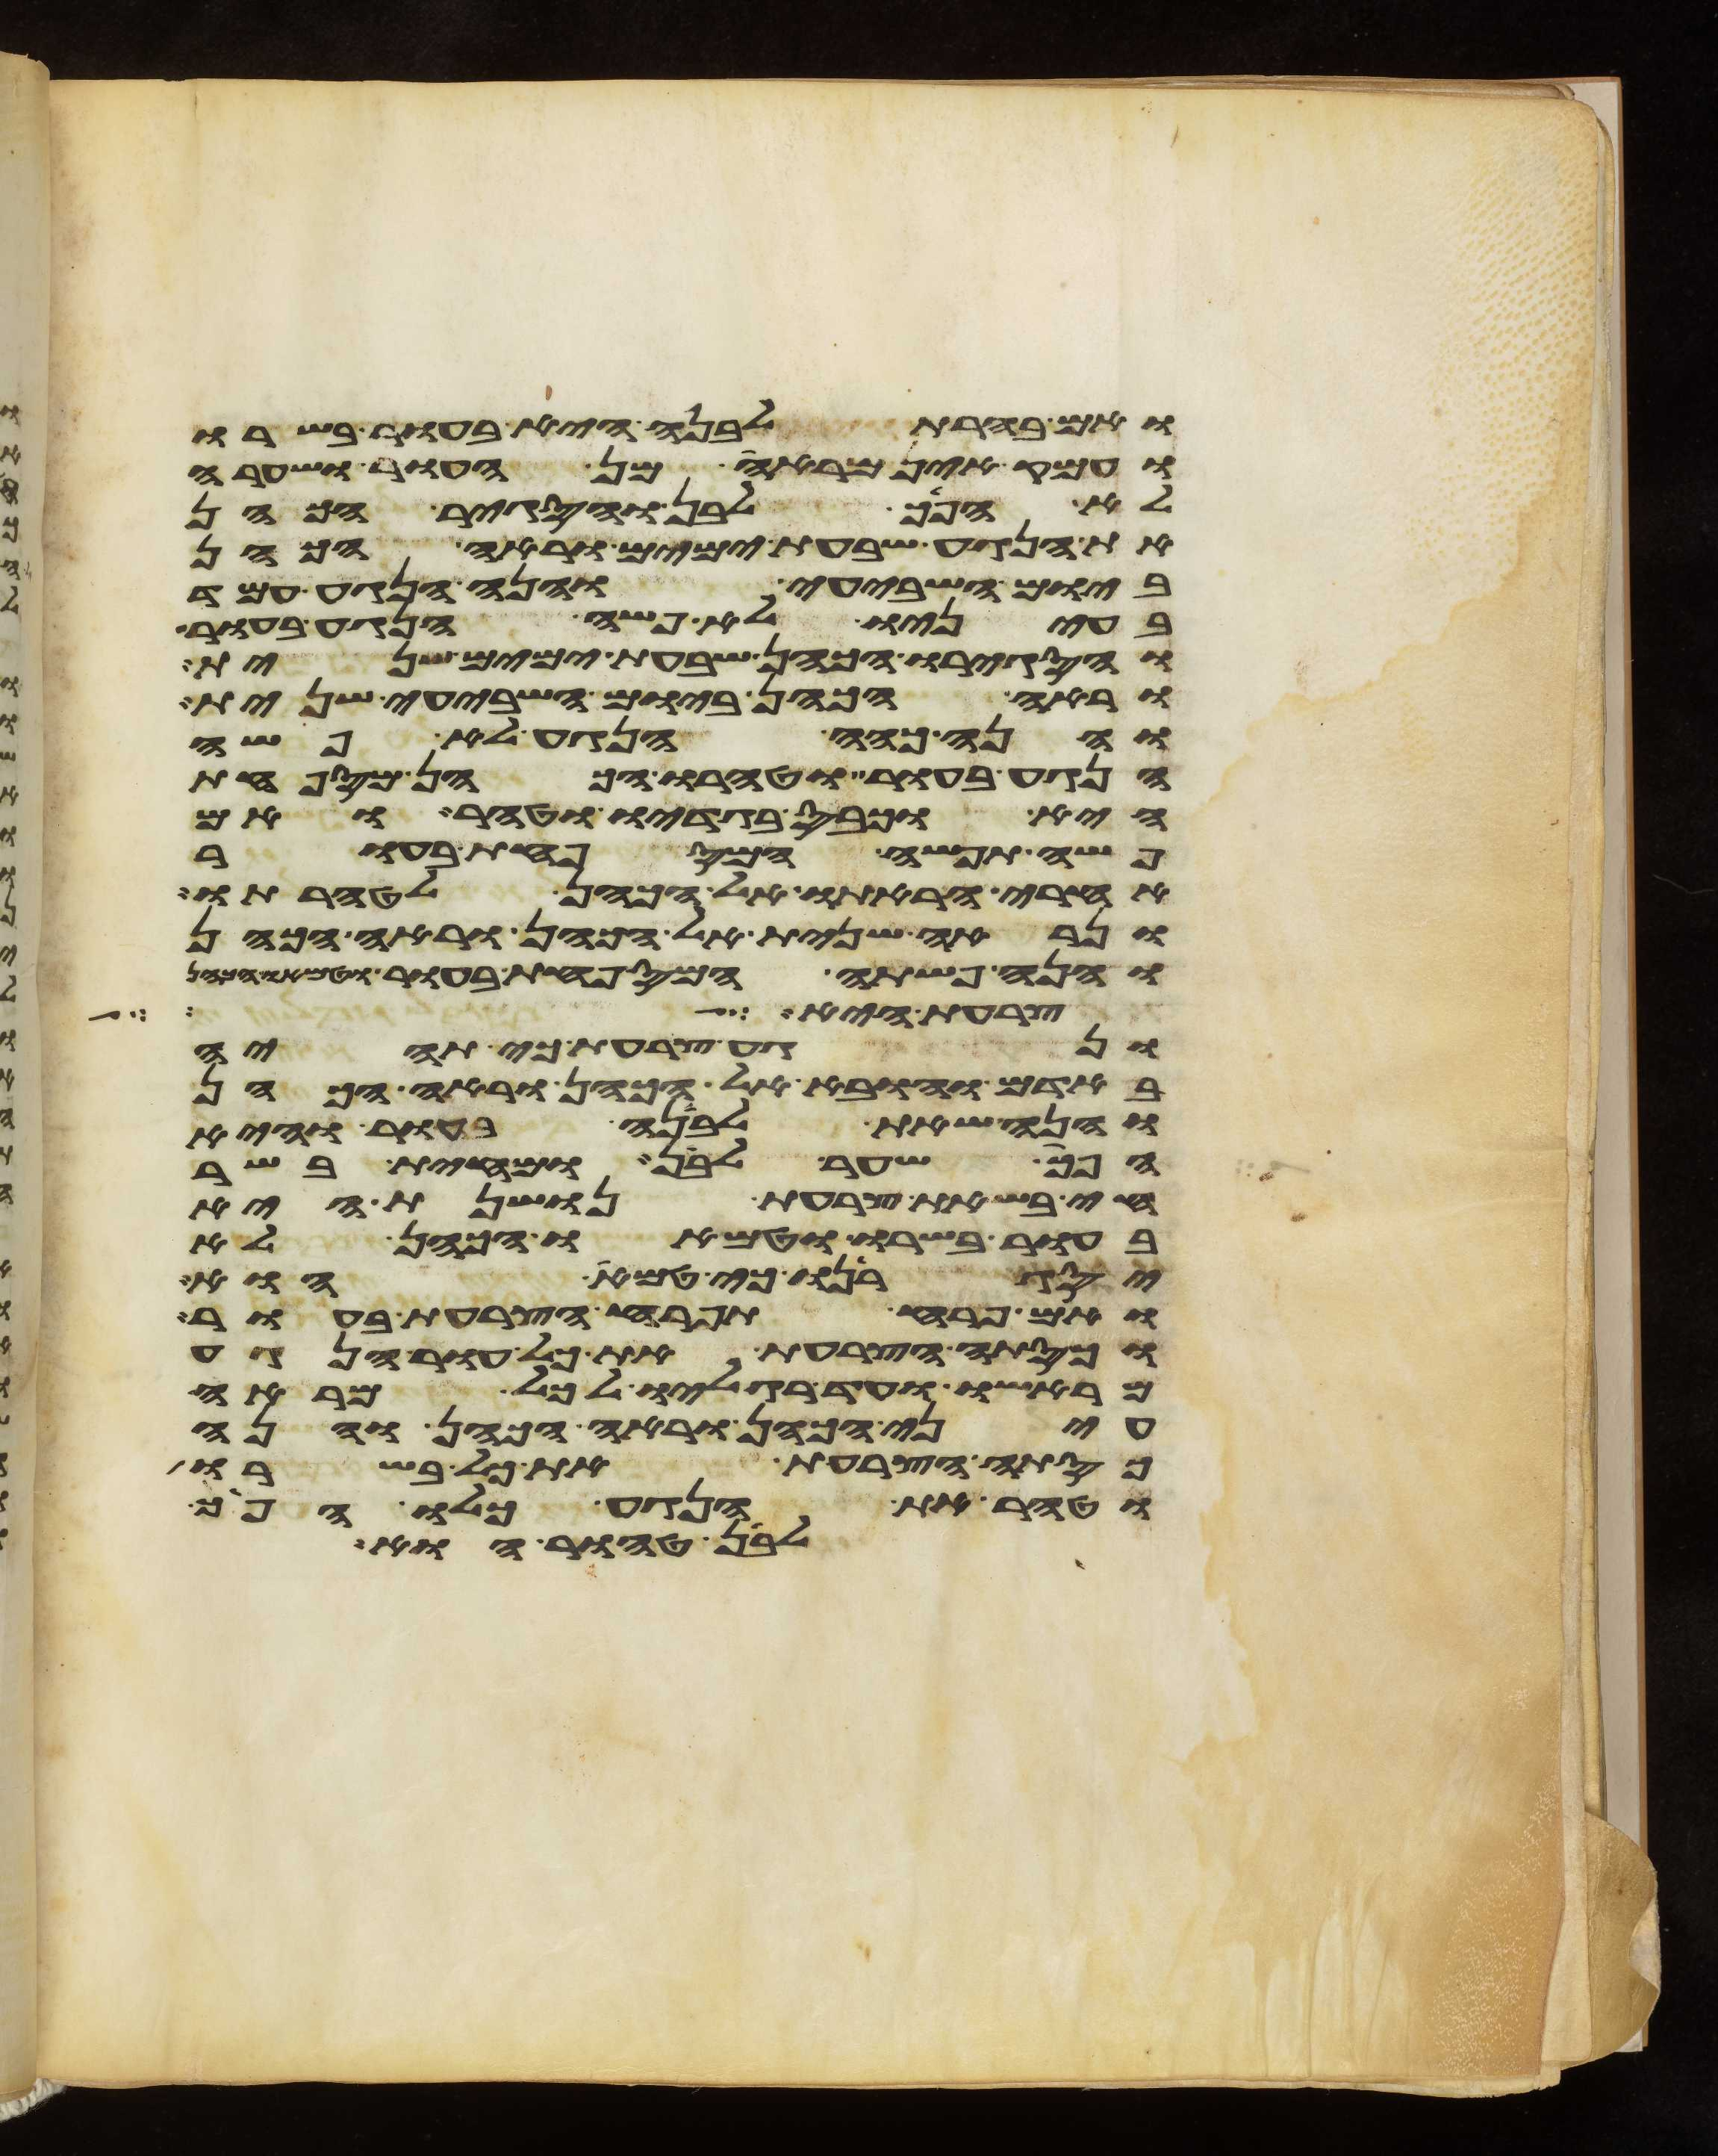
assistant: ואם בהרת לבנה היא בעור בשרו
ועמק אין מראה מן העור ושערה
לא הפך לבן והסגיר הכהן
את הנגע שבעת ימים וראה הכהן
ביום השביעי והנה הנגע עמד
בעיניו לא פשה הנגע בעור
והסגירו הכהן שבעת ימים שנית
וראה הכהן ביום השביעי שנית
והנה כהה הנגע לא פשה
הנגע בעור וטהרו הכהן המספחת
היא וכבס בגדיו וטהר ואם
פשה תפשה המספחת בעור
אחרי הראתו אל הכהן לטהרתו
ונראה שנית אל הכהן וראה הכהן
והנה פשתה המספחת בעור וטמאו הכהן
צרעת היא
ונגע צרעת כי תהיה
באדם והובא אל הכהן וראה הכהן
והנה שאת לבנה בעור והיא
הפך שער לבן ומחית בשר
חי בשאת צרעת נושנת היא
בעור בשרו וטמאו הכהן לא
יסגירנו כי טמא הוא
ואם פרח תפרח הצרעת בעור
וכסתה הצרעת את כל עור הנגע
מראשו עד רגליו לכל מראה
עיני הכהן וראה הכהן והנה
כסתה הצרעת את כל בשרו
וטהר את הנגע כלו הפך
לבן טהור הוא